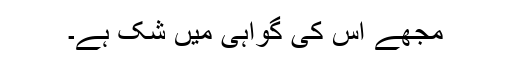
مجھے اس کی گواہی میں شک ہے۔